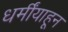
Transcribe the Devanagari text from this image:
धर्मींयाहून